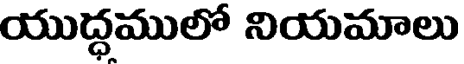
యుద్ధములో నియమాలు